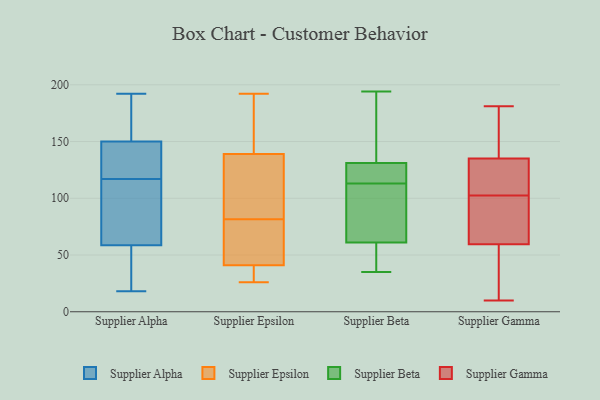
{"axis": {"x": "Demand Index", "y": "Value"}, "legend": ["Supplier Alpha", "Supplier Beta", "Supplier Epsilon", "Supplier Gamma"], "data": [{"x": "", "y": 48, "type": "Supplier Alpha"}, {"x": "", "y": 66, "type": "Supplier Alpha"}, {"x": "", "y": 51, "type": "Supplier Alpha"}, {"x": "", "y": 114, "type": "Supplier Alpha"}, {"x": "", "y": 172, "type": "Supplier Alpha"}, {"x": "", "y": 185, "type": "Supplier Alpha"}, {"x": "", "y": 83, "type": "Supplier Alpha"}, {"x": "", "y": 192, "type": "Supplier Alpha"}, {"x": "", "y": 134, "type": "Supplier Alpha"}, {"x": "", "y": 103, "type": "Supplier Alpha"}, {"x": "", "y": 23, "type": "Supplier Alpha"}, {"x": "", "y": 119, "type": "Supplier Alpha"}, {"x": "", "y": 155, "type": "Supplier Alpha"}, {"x": "", "y": 21, "type": "Supplier Alpha"}, {"x": "", "y": 18, "type": "Supplier Alpha"}, {"x": "", "y": 145, "type": "Supplier Alpha"}, {"x": "", "y": 191, "type": "Supplier Alpha"}, {"x": "", "y": 122, "type": "Supplier Alpha"}, {"x": "", "y": 141, "type": "Supplier Alpha"}, {"x": "", "y": 115, "type": "Supplier Alpha"}, {"x": "", "y": 83, "type": "Supplier Epsilon"}, {"x": "", "y": 133, "type": "Supplier Epsilon"}, {"x": "", "y": 149, "type": "Supplier Epsilon"}, {"x": "", "y": 80, "type": "Supplier Epsilon"}, {"x": "", "y": 32, "type": "Supplier Epsilon"}, {"x": "", "y": 26, "type": "Supplier Epsilon"}, {"x": "", "y": 167, "type": "Supplier Epsilon"}, {"x": "", "y": 59, "type": "Supplier Epsilon"}, {"x": "", "y": 192, "type": "Supplier Epsilon"}, {"x": "", "y": 37, "type": "Supplier Epsilon"}, {"x": "", "y": 41, "type": "Supplier Epsilon"}, {"x": "", "y": 139, "type": "Supplier Epsilon"}, {"x": "", "y": 79, "type": "Supplier Epsilon"}, {"x": "", "y": 96, "type": "Supplier Epsilon"}, {"x": "", "y": 98, "type": "Supplier Beta"}, {"x": "", "y": 149, "type": "Supplier Beta"}, {"x": "", "y": 115, "type": "Supplier Beta"}, {"x": "", "y": 78, "type": "Supplier Beta"}, {"x": "", "y": 111, "type": "Supplier Beta"}, {"x": "", "y": 35, "type": "Supplier Beta"}, {"x": "", "y": 60, "type": "Supplier Beta"}, {"x": "", "y": 123, "type": "Supplier Beta"}, {"x": "", "y": 147, "type": "Supplier Beta"}, {"x": "", "y": 61, "type": "Supplier Beta"}, {"x": "", "y": 115, "type": "Supplier Beta"}, {"x": "", "y": 131, "type": "Supplier Beta"}, {"x": "", "y": 50, "type": "Supplier Beta"}, {"x": "", "y": 194, "type": "Supplier Beta"}, {"x": "", "y": 10, "type": "Supplier Gamma"}, {"x": "", "y": 181, "type": "Supplier Gamma"}, {"x": "", "y": 113, "type": "Supplier Gamma"}, {"x": "", "y": 30, "type": "Supplier Gamma"}, {"x": "", "y": 122, "type": "Supplier Gamma"}, {"x": "", "y": 108, "type": "Supplier Gamma"}, {"x": "", "y": 164, "type": "Supplier Gamma"}, {"x": "", "y": 181, "type": "Supplier Gamma"}, {"x": "", "y": 148, "type": "Supplier Gamma"}, {"x": "", "y": 19, "type": "Supplier Gamma"}, {"x": "", "y": 59, "type": "Supplier Gamma"}, {"x": "", "y": 102, "type": "Supplier Gamma"}, {"x": "", "y": 103, "type": "Supplier Gamma"}, {"x": "", "y": 37, "type": "Supplier Gamma"}, {"x": "", "y": 102, "type": "Supplier Gamma"}, {"x": "", "y": 102, "type": "Supplier Gamma"}, {"x": "", "y": 122, "type": "Supplier Gamma"}, {"x": "", "y": 60, "type": "Supplier Gamma"}, {"x": "", "y": 165, "type": "Supplier Gamma"}, {"x": "", "y": 62, "type": "Supplier Gamma"}]}